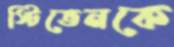
স্টিভেনকে